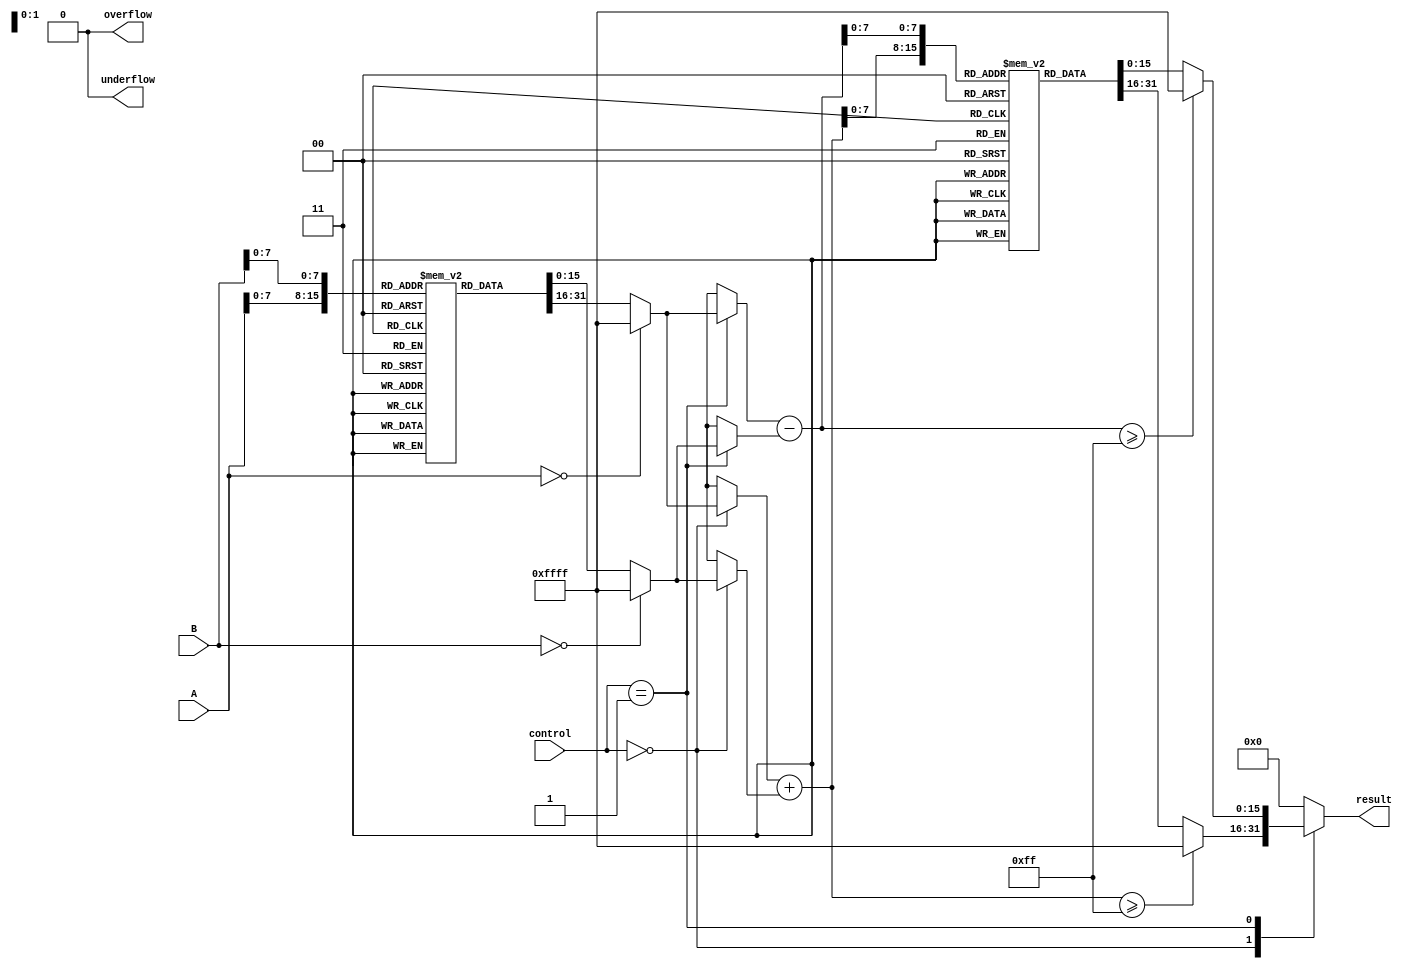
module LogarithmBasedDSPU (
    input wire [15:0] A,          // Input A
    input wire [15:0] B,          // Input B
    input wire [1:0] control,     // Control signal: 00 - Multiply, 01 - Divide
    output reg [15:0] result,      // Output result
    output reg overflow,           // Overflow flag
    output reg underflow           // Underflow flag
);

    // Logarithm Lookup Table (LUT) for demonstration
    reg [15:0] log_lut [0:255]; // Assuming 256 entries for simplicity
    initial begin
        // Populate the LUT with logarithm values (base 2 for example)
        // This is just an example, actual values should be calculated
        // log_lut[0] = 0; // log(1) = 0
        // log_lut[1] = 0; // log(1) = 0
        // log_lut[2] = 1; // log(2) = 1
        // ...
        // log_lut[255] = 7; // log(256) = 8
    end

    // Exponential Lookup Table (LUT) for demonstration
    reg [15:0] exp_lut [0:255]; // Assuming 256 entries for simplicity
    initial begin
        // Populate the LUT with exponential values
        // exp_lut[0] = 1; // exp(0) = 1
        // exp_lut[1] = 2; // exp(1) = 2
        // ...
        // exp_lut[255] = 256; // exp(8) = 256
    end

    // Logarithm Block
    function [15:0] log;
        input [15:0] x;
        begin
            if (x == 0) begin
                log = 16'hFFFF; // Indicate log(0) as an error
            end else begin
                log = log_lut[x[7:0]]; // Use lower 8 bits for LUT index
            end
        end
    endfunction

    // Exponential Block
    function [15:0] exp;
        input [15:0] x;
        begin
            if (x >= 16'hFF) begin
                exp = 16'hFFFF; // Indicate overflow
            end else begin
                exp = exp_lut[x[7:0]]; // Use lower 8 bits for LUT index
            end
        end
    endfunction

    // Arithmetic Unit
    always @(*) begin
        case (control)
            2'b00: begin // Multiply
                result = exp(log(A) + log(B)); // exp(log(A) + log(B))
                overflow = 0; // Handle overflow if needed
                underflow = 0; // Handle underflow if needed
            end
            2'b01: begin // Divide
                result = exp(log(A) - log(B)); // exp(log(A) - log(B))
                overflow = 0; // Handle overflow if needed
                underflow = 0; // Handle underflow if needed
            end
            default: begin
                result = 16'h0000; // Default case
                overflow = 0;
                underflow = 0;
            end
        endcase
    end

endmodule